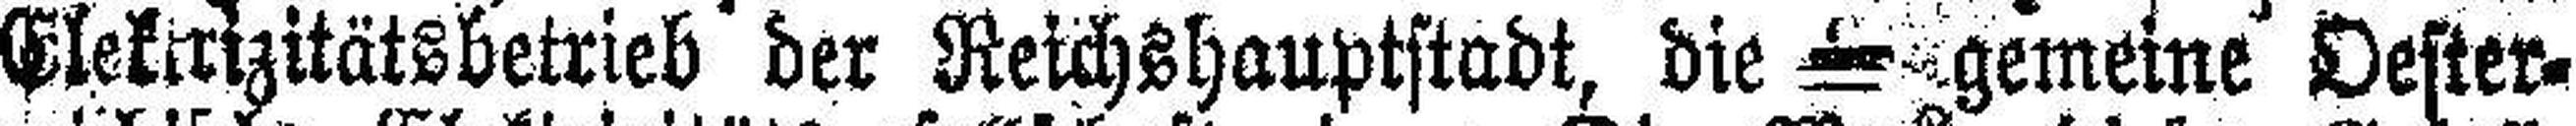
Elektrizitätsbetrieb der Reichshauptstadt, die gemeine Oester¬